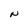
Character: N